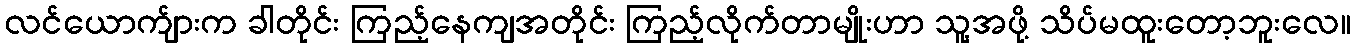
လင်ယောက်ျားက ခါတိုင်း ကြည့်နေကျအတိုင်း ကြည့်လိုက်တာမျိုးဟာ သူ့အဖို့ သိပ်မထူးတော့ဘူးလေ။